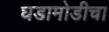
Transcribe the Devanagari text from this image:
घडामोडीचा